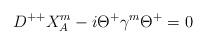
LaTeX: \begin{align*}D^{++}X^{m}_{A}-i\Theta^{+}\gamma^{m}\Theta^{+}=0\end{align*}